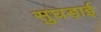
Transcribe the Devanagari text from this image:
सुघड़ाई